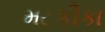
મટકીકા